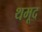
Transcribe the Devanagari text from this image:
थमूद